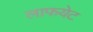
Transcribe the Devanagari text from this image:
लाफयेट